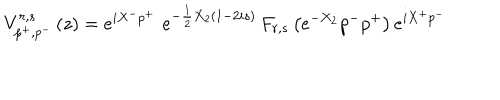
V _ { p ^ { + } , p ^ { - } } ^ { r , s } \left( z \right) = e ^ { i X ^ { - } p ^ { + } } \, \, e ^ { - \frac 1 2 X _ { 2 } \left( 1 - 2 i s \right) } \, F _ { r , s } \left( e ^ { - X _ { 2 } } p ^ { - } p ^ { + } \right) e ^ { i X ^ { + } p ^ { - } }